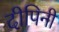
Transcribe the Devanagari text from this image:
दीपिनी